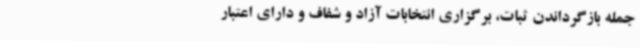
جمله بازگرداندن ثبات، برگزاری انتخابات آزاد و شفاف و دارای اعتبار